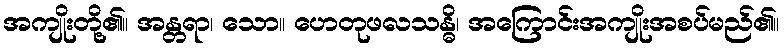
အကျိုးတို့၏။ အန္တရာ၊ သော။ ဟေတုဖလသန္ဓိ၊ အကြောင်းအကျိုးအစပ်မည်၏။